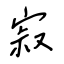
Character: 寂